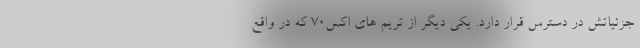
جزئیاتش در دسترس قرار دارد. یکی دیگر از تریم های اکس70 که در واقع